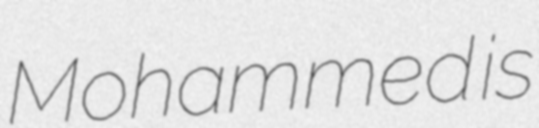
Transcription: Mohammed is